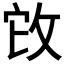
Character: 𢼊